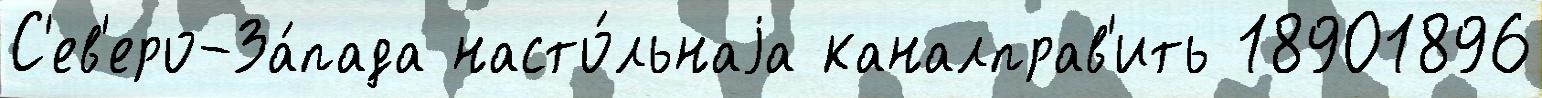
С'ев'еро-За́пада насто́льнаjа каналправ'ить 18901896